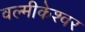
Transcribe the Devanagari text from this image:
वल्मीकेश्वर